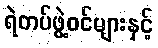
ရဲတပ်ဖွဲ့ဝင်များနှင့်